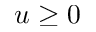
u \geq 0